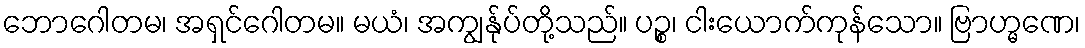
ဘောဂေါတမ၊ အရှင်ဂေါတမ။ မယံ၊ အကျွန်ုပ်တို့သည်။ ပဉ္စ၊ ငါးယောက်ကုန်သော။ ဗြာဟ္မဏေ၊